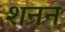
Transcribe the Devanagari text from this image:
शनन